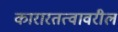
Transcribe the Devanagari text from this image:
कारारतत्वावरील